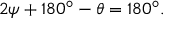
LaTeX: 2 \psi + 1 8 0 ^ { \circ } - \theta = 1 8 0 ^ { \circ } .